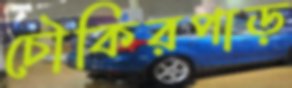
চৌকিরপাড়